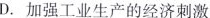
D.加强工业生产的经济刺激